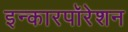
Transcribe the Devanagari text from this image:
इन्कारपॉरेशन